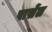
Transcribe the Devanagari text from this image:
पार्सेल